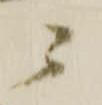
ニ